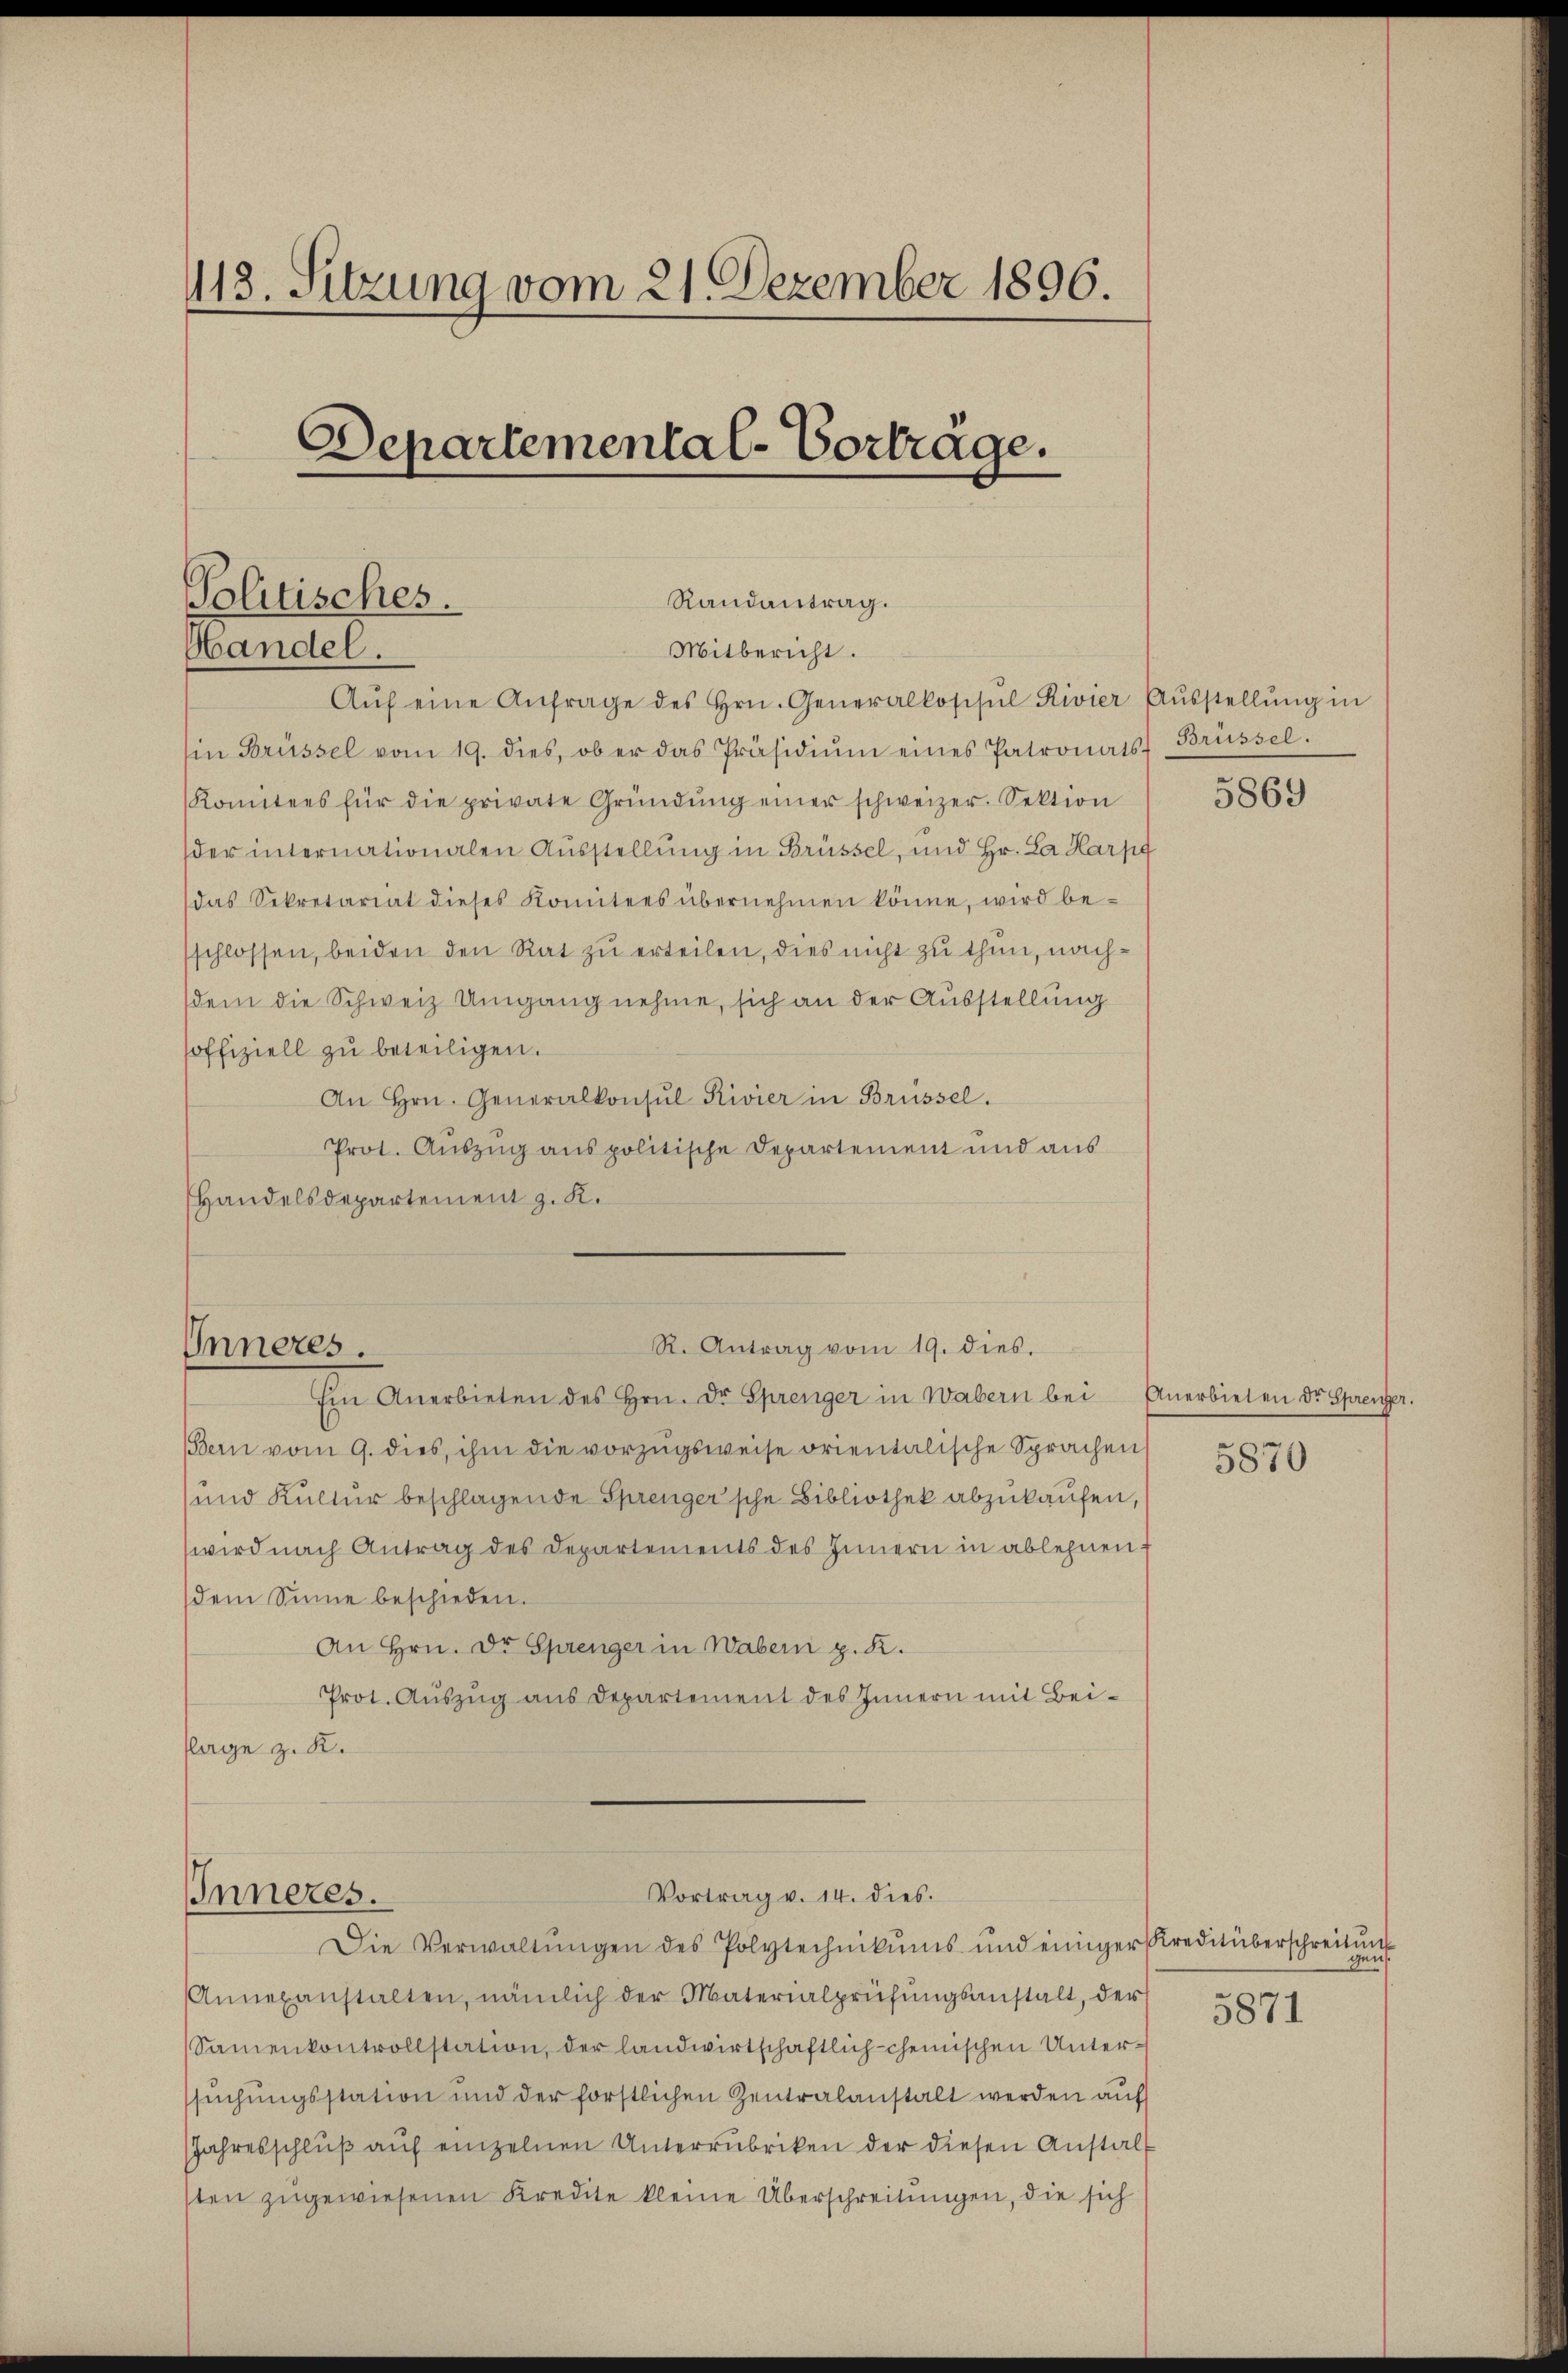
413. Sitzung vom 21. Dezember 1896.
Departemental-Vorträge.

Politisches.
Handel.

Randantrag.
Mitbericht.
Aŭf eine Anfrage des Hrn. Generalkosisul Rivier Aŭsstellŭng in
Ein Brüssel vom 19. dies, ob er das Präsidiŭm eines Patronats Brüssel.
Komitees für die private Gründŭng einer schweizer. Sektion
der internationalen Ausstellung in Brüssel, und Hr. La Harpf
das Sekretariat dieses Komitees übernehmen könne, wird be-
schlossen, beiden den Rat zu erteilen, dies nicht zu thun, nachdem die Schweiz Umgang nehme, sich an der Ausstellung
soffiziell zu beteiligen.
An Hrn. Generalkonsul Rivier in Brüssel.
Prot. Auszug aus politische Departement und aus
Handelsdepartement z. K.

Im Anerbieten des Hrn. Dr. Sprenger in Wabern bei Anerbieten Dr Sprenger.
Bern vom 9. dies, ihm die vorzugsweise orientalische Sprachen
und Kultur beschlagende Sprenger'sche Bibliothek abzukaufen,
wird nach Antrag des Departements des Innern in ablehnen f
dem Sinne beschieden.
An Hrn. Dr Sprenger in Wabern z. R.
Prot. Auszug aus Departement des Innern mit Beiklage z. R.

Inneres.

R. Antrag vom 19. dies.

Vortrag v. 14. dies.
Inneres.
Die Verwaltŭngen des Polytechnikums und einiger Kreditüberschreitŭng

Annexanstalten, nämlich der Materialprüfŭngsanstalt, der
Samenkontrollstation, der landwirtschaftlich-cheinischen Untersŭchŭngsstation und der förstlichen Zentralanstalt werden auf
Jahresschlŭβ aŭf einzelnen Unterrubriken der diesen Anstalt
sten zugewiesenen Kredite kleine Überschreitungen, die sich

5869

5870

5871